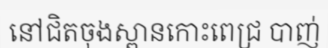
នៅជិតចុងស្ពានកោះពេជ្រ បាញ់